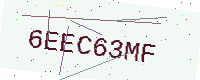
Text: 6EEC63MF